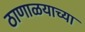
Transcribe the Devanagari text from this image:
ठाणाळयाच्या